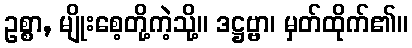
ဥစ္စာ, မျိုးစေ့တို့ကဲ့သို့။ ဒဋ္ဌဗ္ဗာ၊ မှတ်ထိုက်၏။